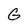
Character: G